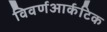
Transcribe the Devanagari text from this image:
विवर्णआर्कटिक